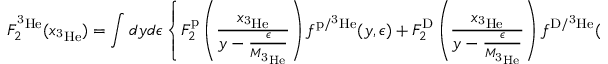
F _ { 2 } ^ { \mathrm { ^ 3 H e } } ( x _ { \mathrm { ^ 3 H e } } ) = \int d y d \epsilon \left\{ F _ { 2 } ^ { \mathrm { p } } \left( \frac { x _ { \mathrm { ^ 3 H e } } } { y - \frac { \epsilon } { M _ { \mathrm { ^ 3 H e } } } } \right) f ^ { \mathrm { p / { ^ 3 H e } } } ( y , \epsilon ) + F _ { 2 } ^ { \mathrm { D } } \left( \frac { x _ { \mathrm { ^ 3 H e } } } { y - \frac { \epsilon } { M _ { \mathrm { ^ 3 H e } } } } \right) f ^ { \mathrm { D / { ^ 3 H e } } } ( y , \epsilon ) \right\} ~ ,